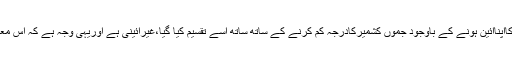
انہوں نے کہا کہ جموں کشمیر تنظیم نوایکٹ2019جس کے تحت ریاست کااپناآئین ہونے کے باوجود جموں کشمیرکادرجہ کم کرنے کے ساتھ ساتھ اُسے تقسیم کیا گیا،غیرآئینی ہے اوریہی وجہ ہے کہ اس معاملے کے خلاف احتجاج ہوااوریہ عدالت عظمیٰ کے روبروزیرسماعت ہے۔